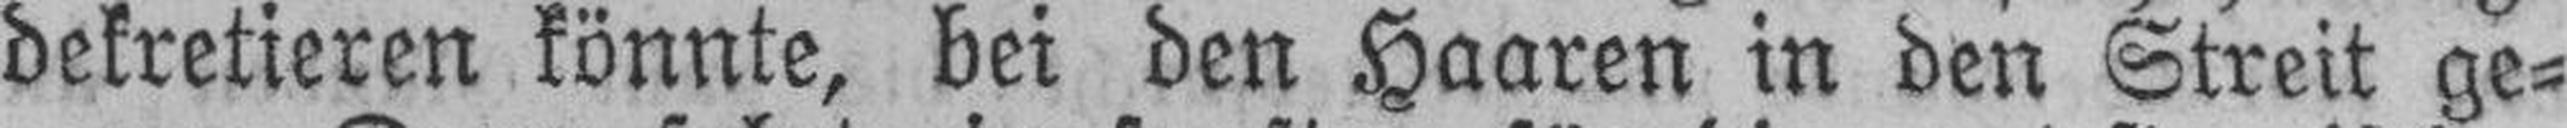
dekretieren könnte, bei den Haaren in den Streit ge¬